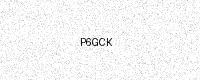
Text: P6GCK